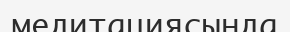
медитациясында